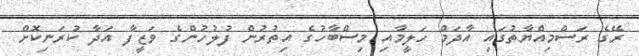
ރޭގެ ރަސްމިއްޔާތުގައި އާދަމް ހަލީމާއި މިސްބާހުގެ އިތުރުން ފުލުހުންގެ ވަޒީފާ އަދާ ކުރަނިކޮށް